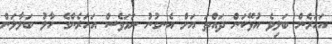
އަހަރެން ބަލިވެ އުޅޭކަން ދައްތަ އަށް އެނގުނު ނަމަވެސް އަހަރެންގެ ހާލު ބަލާލަން